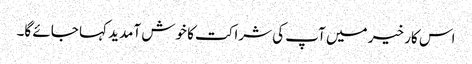
اس کار خیر میں آپ کی شراکت کا خوش آمدید کہا جائے گا۔